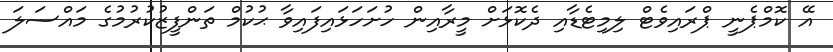
އޭ ކޮމްޕެނީ ޕްރައިވެޓް ލިމިޓެޑާއި ދެކޮޅަށް މީރާއިން ހުށަހަޅައިފައިވާ ޙުކުމް ތަންފީޒުކުރުމުގެ މައްސަލަ